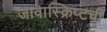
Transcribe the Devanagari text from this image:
जावास्क्रिप्टची